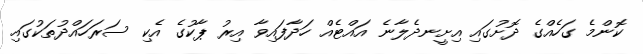
ކޮންމެ ގަހެއްގެ ދޮށުގައި އިށީނދެލާނެ އައްޓެއް ހަދާފައިވާ އިރު ޕާކުގެ އެކި ސަރަހައްދުތަކުގައި